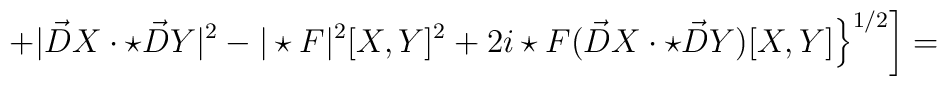
\left.\left. + |\vec D X \cdot \star \vec D Y|^2 - |\star F|^2 [X,Y]^2+ 2i \star F (\vec D X \cdot \star \vec D Y) [X,Y] \right\}^{1/2} \right] =